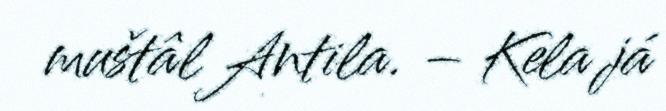
muštâl Antila. – Kela já